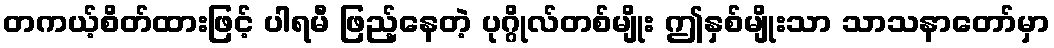
တကယ့်စိတ်ထားဖြင့် ပါရမီ ဖြည့်နေတဲ့ ပုဂ္ဂိုလ်တစ်မျိုး ဤနှစ်မျိုးသာ သာသနာတော်မှာ